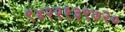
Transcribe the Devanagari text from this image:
९४२२१३९७२०